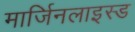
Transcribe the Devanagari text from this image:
मार्जिनलाइस्ड